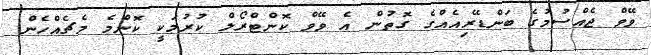
ވޭވް ޖެއްސުމުގެ ބަންޑޭރިއެއްގެ ގޮތުން އެ ވޭވް ކޮންޓްރޯލް ކުރުމަކީ ކޮންމެ މެޗެއްހެން